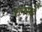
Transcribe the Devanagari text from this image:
रानसई